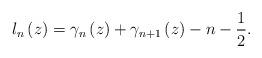
LaTeX: \begin{align*}l_{n}\left( z\right) =\gamma_{n}\left( z\right) +\gamma_{n+1}\left(z\right) -n-\frac{1}{2}. \end{align*}